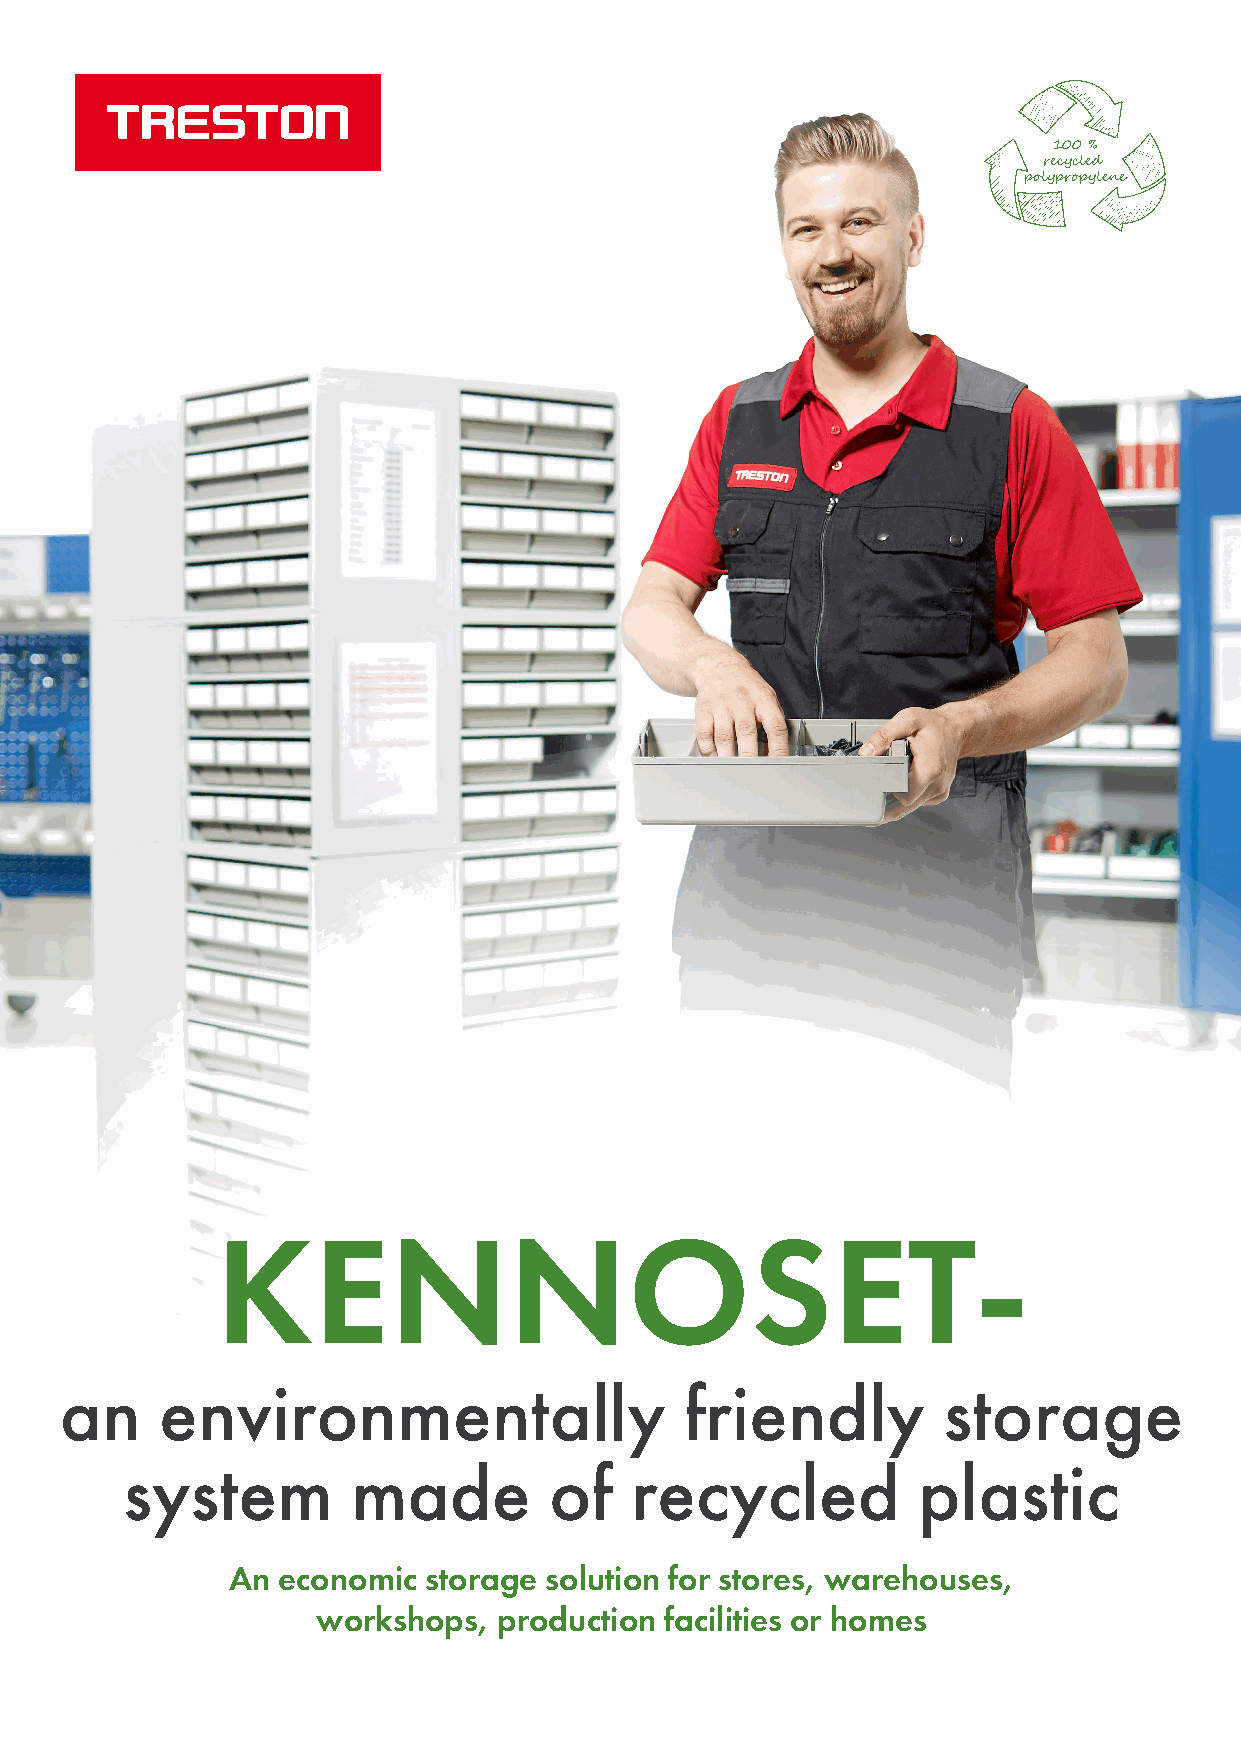
100 %
 recycled
 polypropylene
 KENNOSET-
 an     environmentally                   friendly         storage
 system         made         of    recycled           plastic
 An economic  storage solution for stores, warehouses,
 workshops,  production facilities or homes